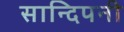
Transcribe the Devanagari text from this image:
सान्दिपनी